Report on vaccination North-West Frontier Province 1904-1922 - 1904-1922
Year: 1904
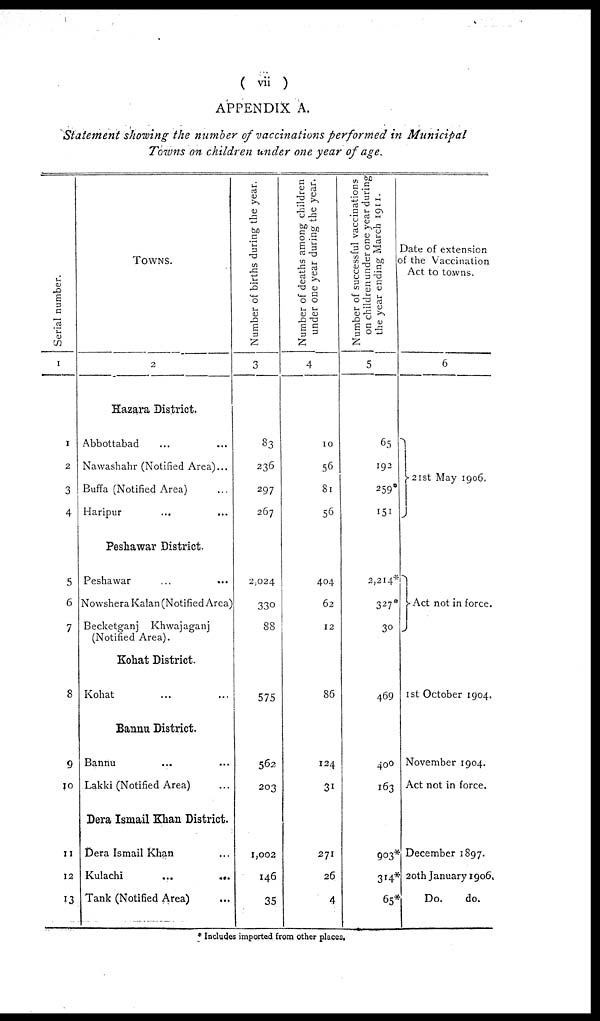
( vii )
APPENDIX A.
Statement showing the number of vaccinations performed in Municipal
Towns on children under one year of age.
Serial number.
1
1
2
3
4
5
6
7
8
9
10
11
12
13
TOWNS.
2
Hazara District.
Abbottabad ... ...
Nawashahr (Notified Area)...
Buffa (Notified Area) ...
Haripur ... ...
Peshawar District.
Peshawar ... ...
Nowshera Kalan (Notified Area)
Becketganj
Khwajaganj
(Notified Area).
Kohat District.
Kohat ... ...
Bannu District.
Bannu ... ...
Lakki (Notified Area) ...
Dera Ismail Khan District.
Dera Ismail Khan ...
Kulachi
...
...
Tank (Notified Area) ...
Number of births during the year.
3
83
236
297
267
2,024
330
88
575
562
203
1,002
146
35
Number of deaths among children
under one year during the year.
4
10
56
81
56
404
62
12
86
124
31
271
26
4
Number of successful vaccinations
on children under one year during
the year ending March 1911.
5
65
192
259*
151
2,214*
327*
30
469
400
163
903*
314*
65*
Date of extension
of the Vaccination
Act to towns.
6
21st May 1906.
Act not in force.
1st October 1904.
November 1904.
Act not in force.
December 1897.
20th January 1906.
Do.
do.
* Includes imported from other places.